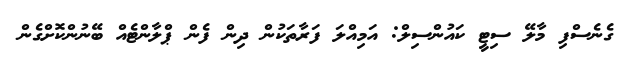
ގެނެސްފި މާލޭ ސިޓީ ކައުންސިލް: އަމިއްލަ ފަރާތަކުން ދިން ފެން ޕްލާންޓެއް ބޭނުންކޮށްގެން